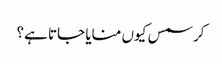
کرسمس کیوں منایا جاتا ہے؟